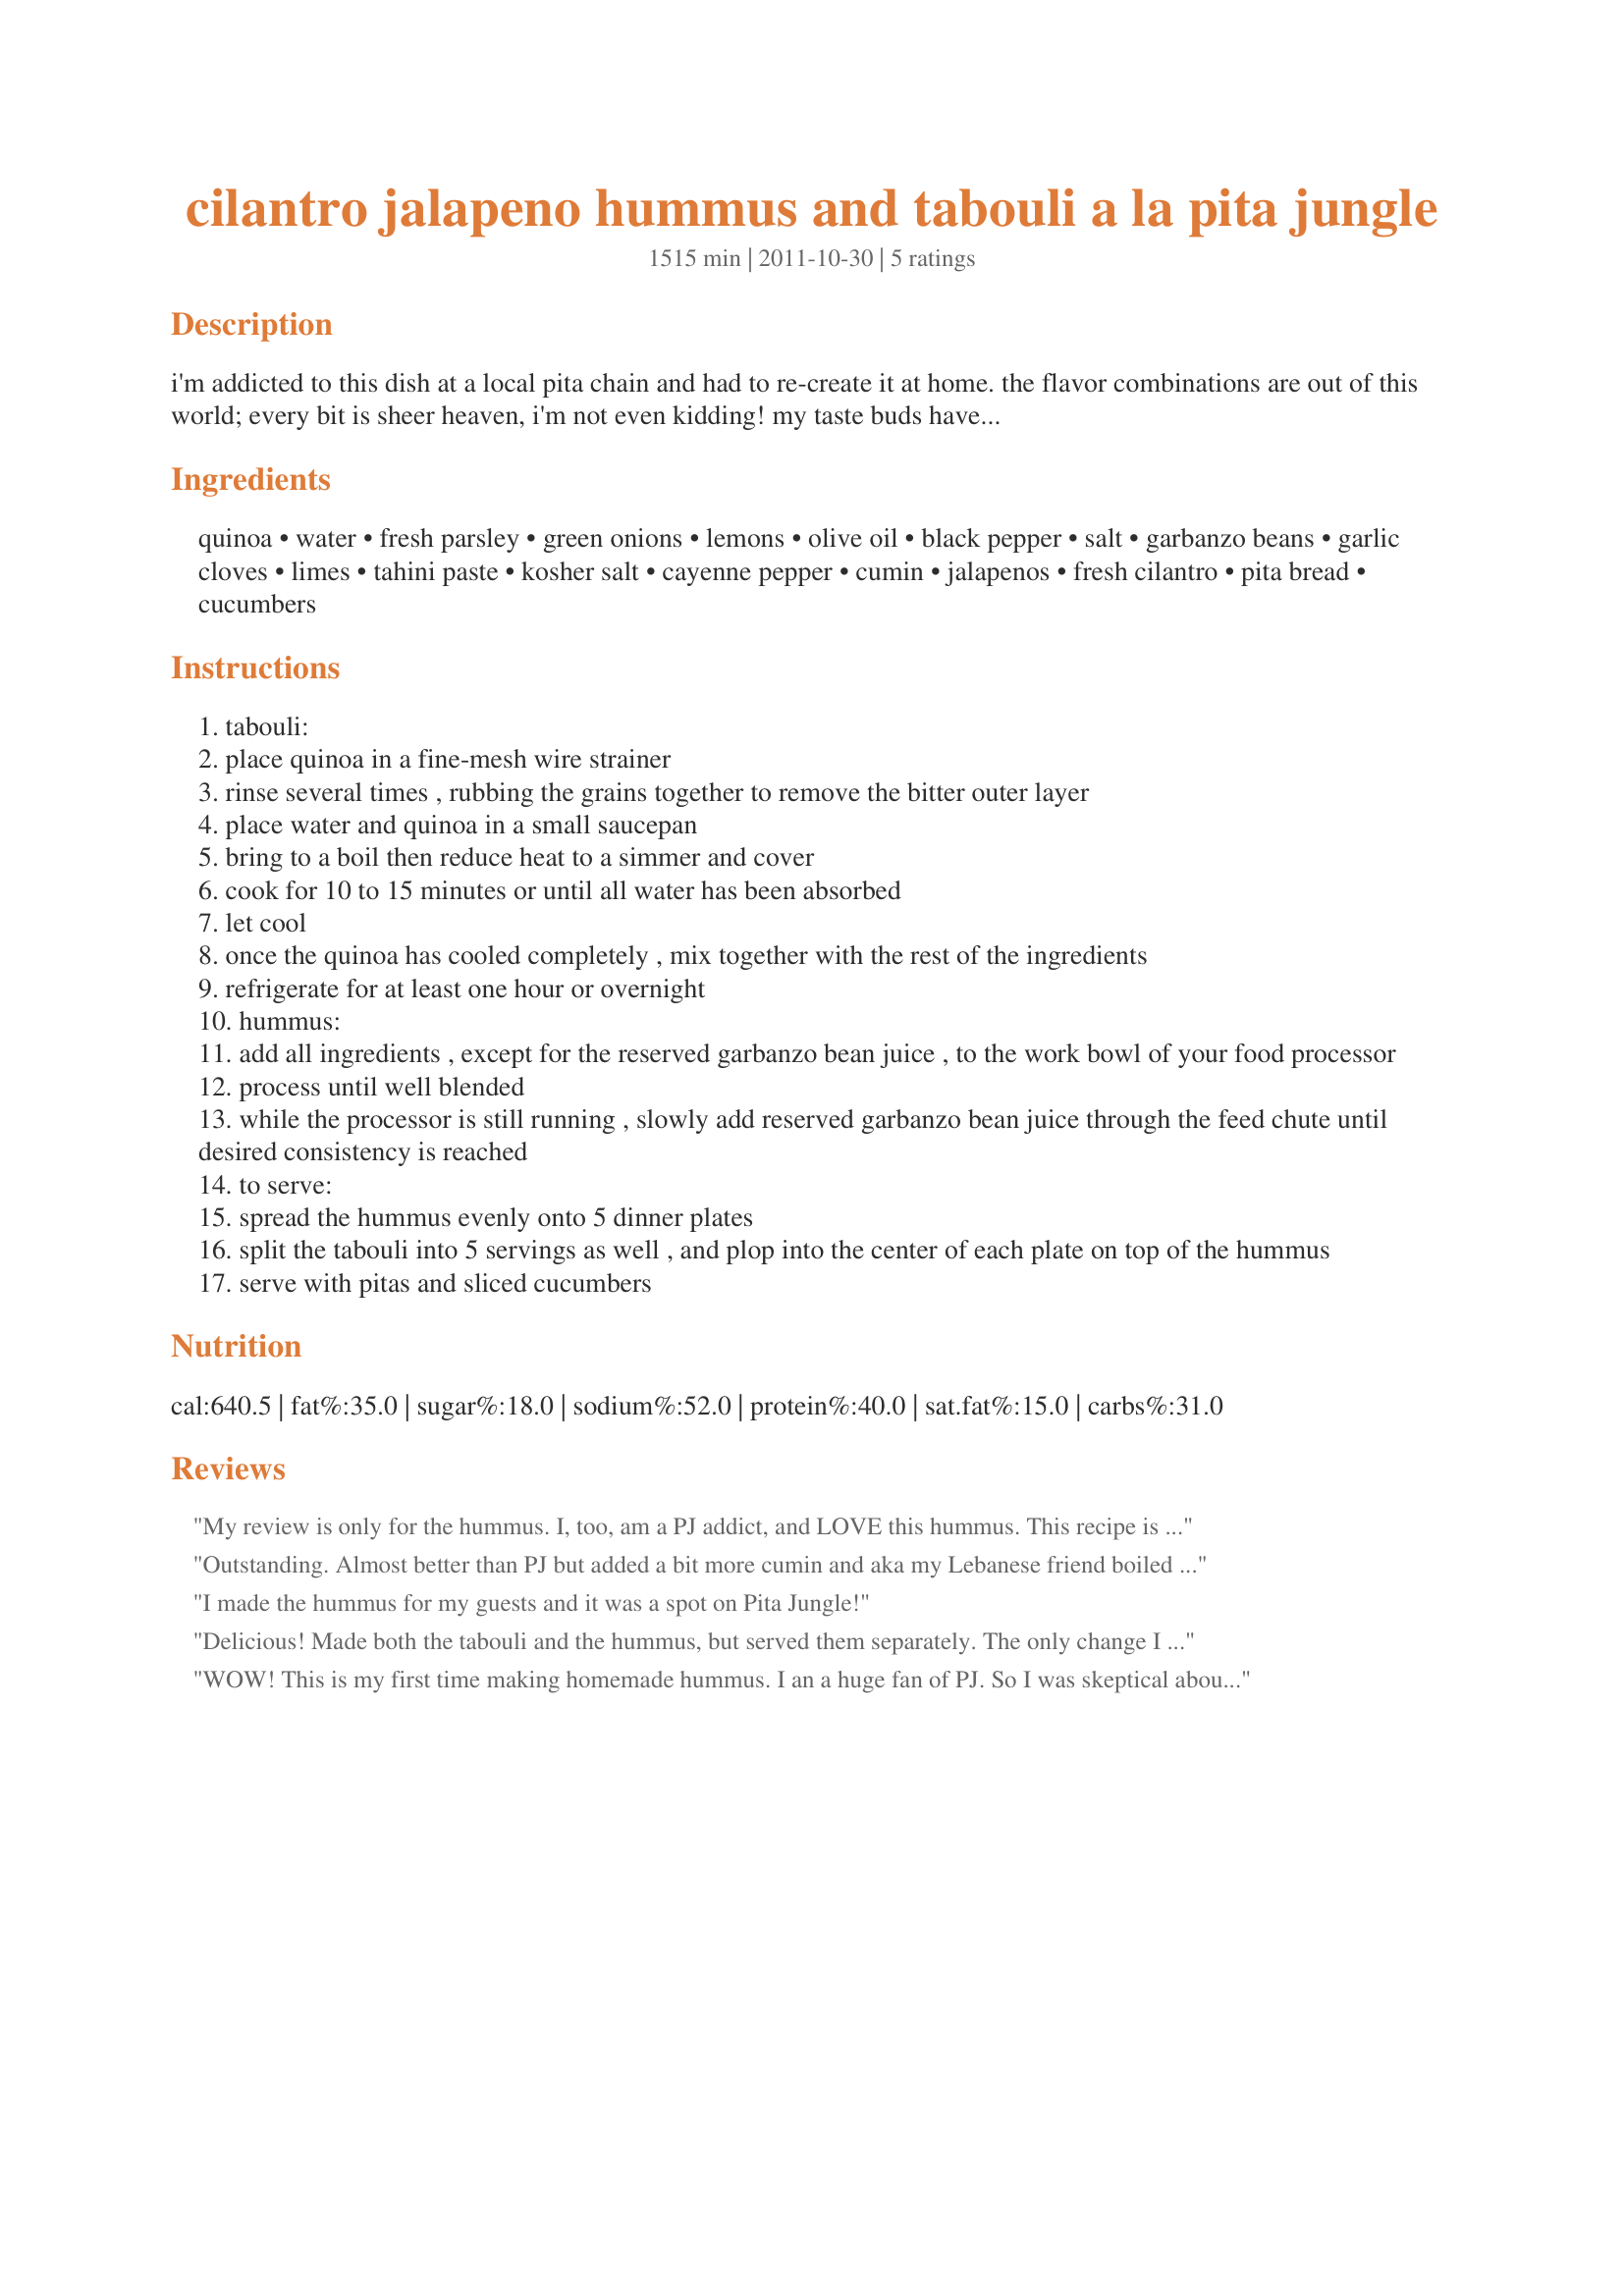
cilantro jalapeno hummus and tabouli a la pita jungle
Preparation time: 1515 minutes

i'm addicted to this dish at a local pita chain and had to re-create it at home. the flavor combinations are out of this world; every bit is sheer heaven, i'm not even kidding! my taste buds have never experienced such excitement. this is a vegetarian recipe that will please non-vegetarians (my husband and i are both meat eaters). pita jungle uses bulgur in their tabouli (which is traditional) but i use quinoa in mine, to boost the protein a little, and i can't tell the difference in flavor. prep time includes the recommended 24-hour "marinate" time for the tabouli. the hummus recipe is a variation of my recipe #436722.

Ingredients:
quinoa, water, fresh parsley, green onions, lemons, olive oil, black pepper, salt, garbanzo beans, garlic cloves, limes, tahini paste, kosher salt, cayenne pepper, cumin, jalapenos, fresh cilantro, pita bread, cucumbers

Steps:
tabouli:
place quinoa in a fine-mesh wire strainer
rinse several times , rubbing the grains together to remove the bitter outer layer
place water and quinoa in a small saucepan
bring to a boil then reduce heat to a simmer and cover
cook for 10 to 15 minutes or until all water has been absorbed
let cool
once the quinoa has cooled completely , mix together with the rest of the ingredients
refrigerate for at least one hour or overnight
hummus:
add all ingredients , except for the reserved garbanzo bean juice , to the work bowl of your food processor
process until well blended
while the processor is still running , slowly add reserved garbanzo bean juice through the feed chute until desired consistency is reached
to serve:
spread the hummus evenly onto 5 dinner plates
split the tabouli into 5 servings as well , and plop into the center of each plate on top of the hummus
serve with pitas and sliced cucumbers

Reviews:
My review is only for the hummus. I, too, am a PJ addict, and LOVE this hummus. This recipe is fantastic! I always wondered why my hummus wasn&#039;t creamy like PJ. Now I know - it needs tahini paste! I made my own in the coffee grinder (just sesame seeds and olive oil, and you can make only what you need - no waste!) Also, adding back in some of the bean juice gave it a great texture as well. I recommend starting small with the jalapeno and cilantro, and adding more to taste. GREAT recipe, thanks!!
Outstanding. Almost better than PJ but added a bit more cumin and aka my Lebanese friend boiled drained garbanzo beans for 10 minutes (after rinsing), then used that liquid to thin.
I made the hummus for my guests and it was a spot on Pita Jungle!
Delicious! Made both the tabouli and the hummus, but served them separately. The only change I made was to use lemon juice in the hummus and I used much less jalapeno as I felt it would be too spicy along with the cayenne. Sooo good with sea salt pita chips and blue corn tortilla chips. Made for Zaar Chef Alphabet Soup, January, 2014.
WOW! This is my first time making homemade hummus. I an a huge fan of PJ. So I was skeptical about how it would turn out. I made one small change. I used a one whole bunch of cilantro and it turned out amazing! Now if I can just find PJ&#039;s chicken recipe I would be in HEAVEN!
